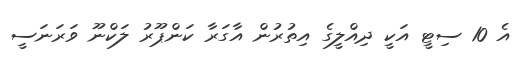
އެ 10 ސިޓީ އަކީ ދިއްލީގެ އިތުރުން އާގަރާ ކަންޕޫރު ލަކްނޫ ވަރަނަސީ